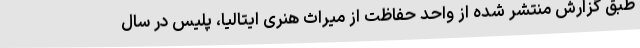
طبق گزارش منتشر شده از واحد حفاظت از میراث هنری ایتالیا، پلیس در سال